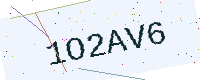
Text: 1O2AV6